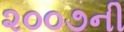
૨૦૦૭ની